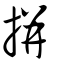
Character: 拼